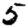
Digit: 5